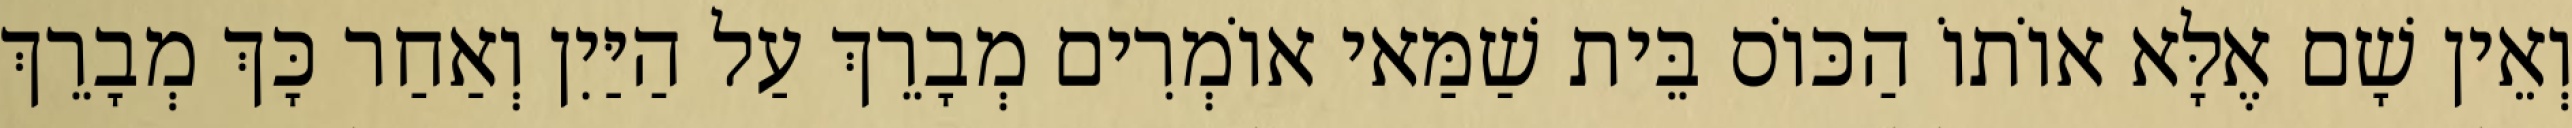
וְאֵין שָׁם אֶלָּא אוֹתוֹ הַכּוֹס בֵּית שַׁמַּאי אוֹמְרִים מְבָרֵךְ עַל הַיַּיִן וְאַחַר כָּךְ מְבָרֵךְ